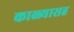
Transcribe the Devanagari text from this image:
काळ्यासह